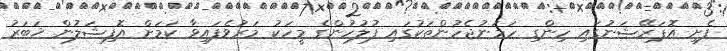
ފެށި އޮޕަރޭޝަނުގައި ހިންގި ހަމަނުޖެހުންތަކުގައި ފުލުހުންގެ މީހަކު މަރުވެފައިވާ ކަމަށް އޮފިޝަލުން ޚަބަރު